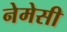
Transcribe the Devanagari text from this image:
नेमेसी